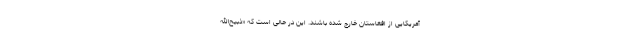
آمریکایی از افغاستان خارج شده باشند. این در حالی است که «ذبیح‌الله